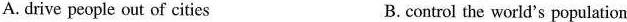
A. drive people out of cities B. control the world's population